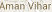
Aman Vihar